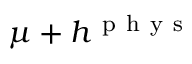
\mu + h ^ { \mathrm { ~ p ~ h ~ y ~ s ~ } }